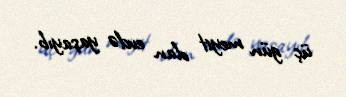
üç gün meyit olan evdə yaşayıb.